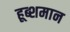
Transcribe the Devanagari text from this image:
हूब्शमान